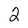
Character: 2